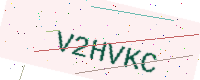
Text: V2HVKC